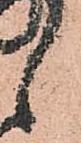
候